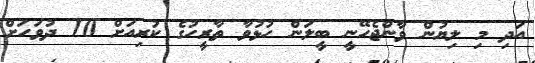
އަދި މި ލިޔުން ވާންޖެހޭނީ ބީލަން ހުޅުވާ ތާރީހުގެ ކުރިއަށް 10 ދުވަހަށް